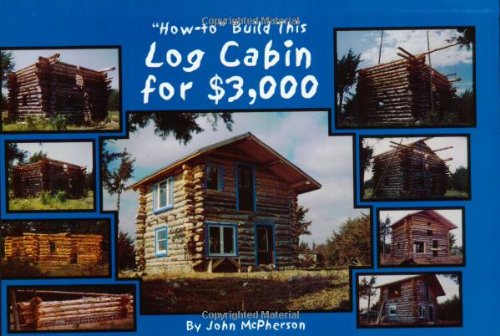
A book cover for "How-to" Build This Log Cabin for $3,000; John McPherson; Crafts, Hobbies & Home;